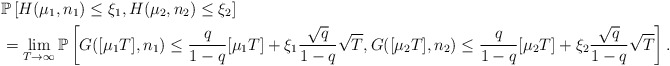
\begin{align*}&\mathbb{P}\left[H(\mu_1,n_1)\le\xi_1,H(\mu_2,n_2)\le\xi_2\right]\\&=\lim\limits_{T\to\infty}\mathbb{P}\left[G([\mu_1T],n_1)\le \frac{q}{1-q}[\mu_1T]+\xi_1\frac{\sqrt{q}}{1-q}\sqrt{T},G([\mu_2T],n_2)\le \frac{q}{1-q}[\mu_2T]+\xi_2\frac{\sqrt{q}}{1-q}\sqrt{T}\right].\end{align*}